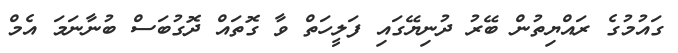
ގައުމުގެ ރައްޔިތުން ބޭރު ދުނިޔޭގައި ފަލީހަތް ވާ ގޮތައް ދޮގުބަސް ބުނާނަމަ އެމް